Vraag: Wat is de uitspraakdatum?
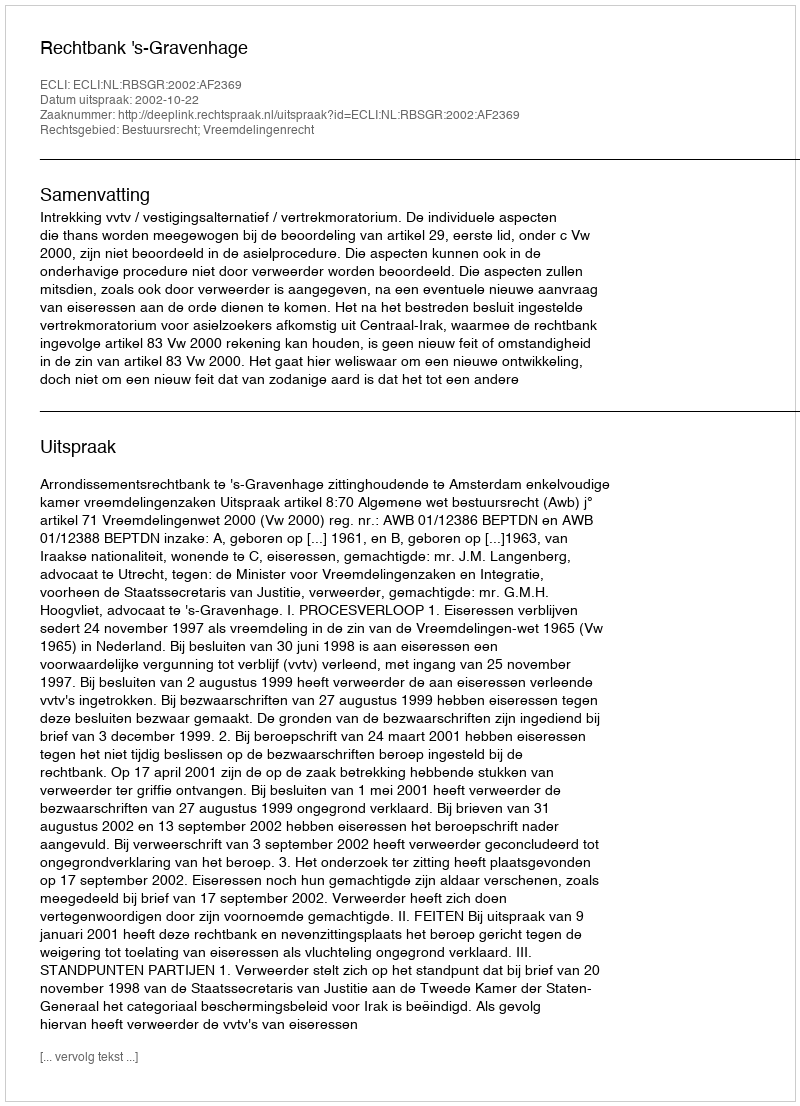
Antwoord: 2002-10-22